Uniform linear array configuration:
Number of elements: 32
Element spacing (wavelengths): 0.25
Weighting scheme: kaiser
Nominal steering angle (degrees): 15
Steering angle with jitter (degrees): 16.871
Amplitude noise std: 0.05
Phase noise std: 0.05

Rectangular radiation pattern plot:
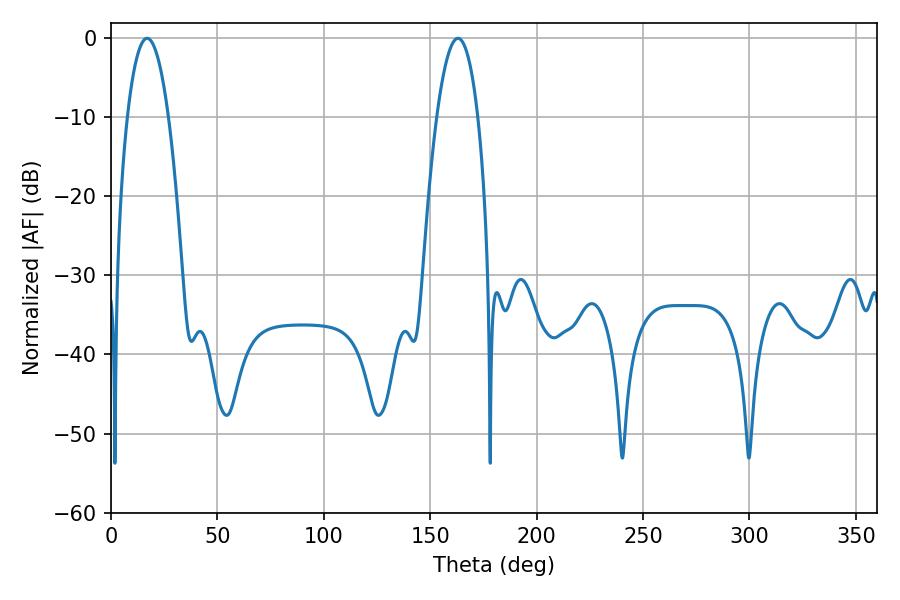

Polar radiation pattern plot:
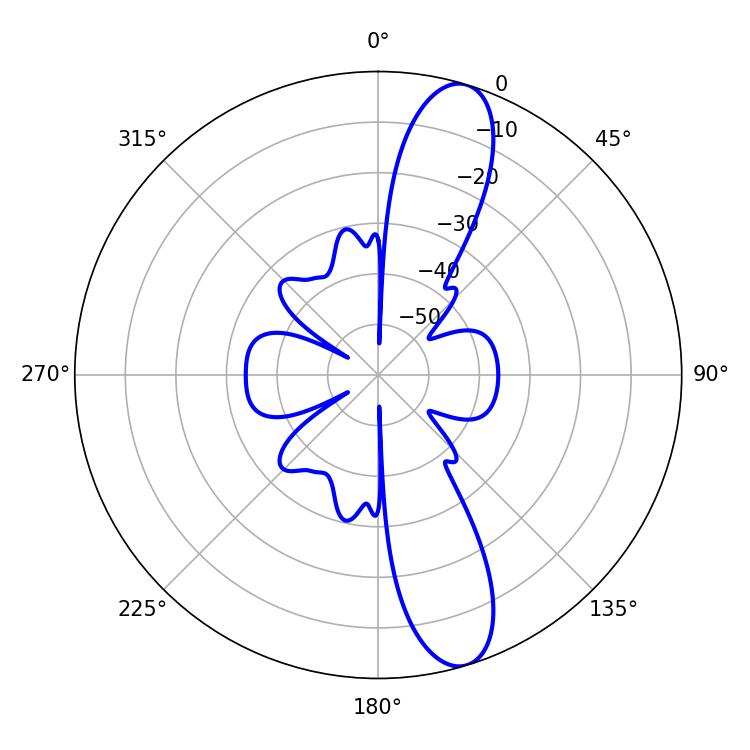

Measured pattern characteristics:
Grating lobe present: FALSE
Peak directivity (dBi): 12.315
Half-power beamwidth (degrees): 10.8
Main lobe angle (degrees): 16.92